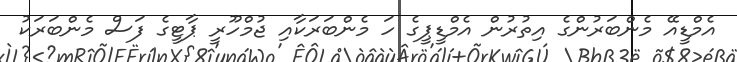
އެމްޑީއޭ މެންބަރުންގެ އިތުރުން އެމްޑީޕީގެ ހަ މެންބަރަކާއި ޖުމްހޫރީ ޕާޓީގެ ފަސް މެންބަރަކު